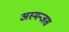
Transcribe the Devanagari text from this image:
अस्मन्जस